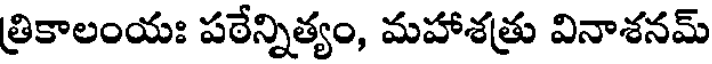
త్రికాలంయః పఠేన్నిత్యం, మహాశత్రు వినాశనమ్